NAE_EAA_T-354_Tartu_Tamme_Gumnaasium, lk 103
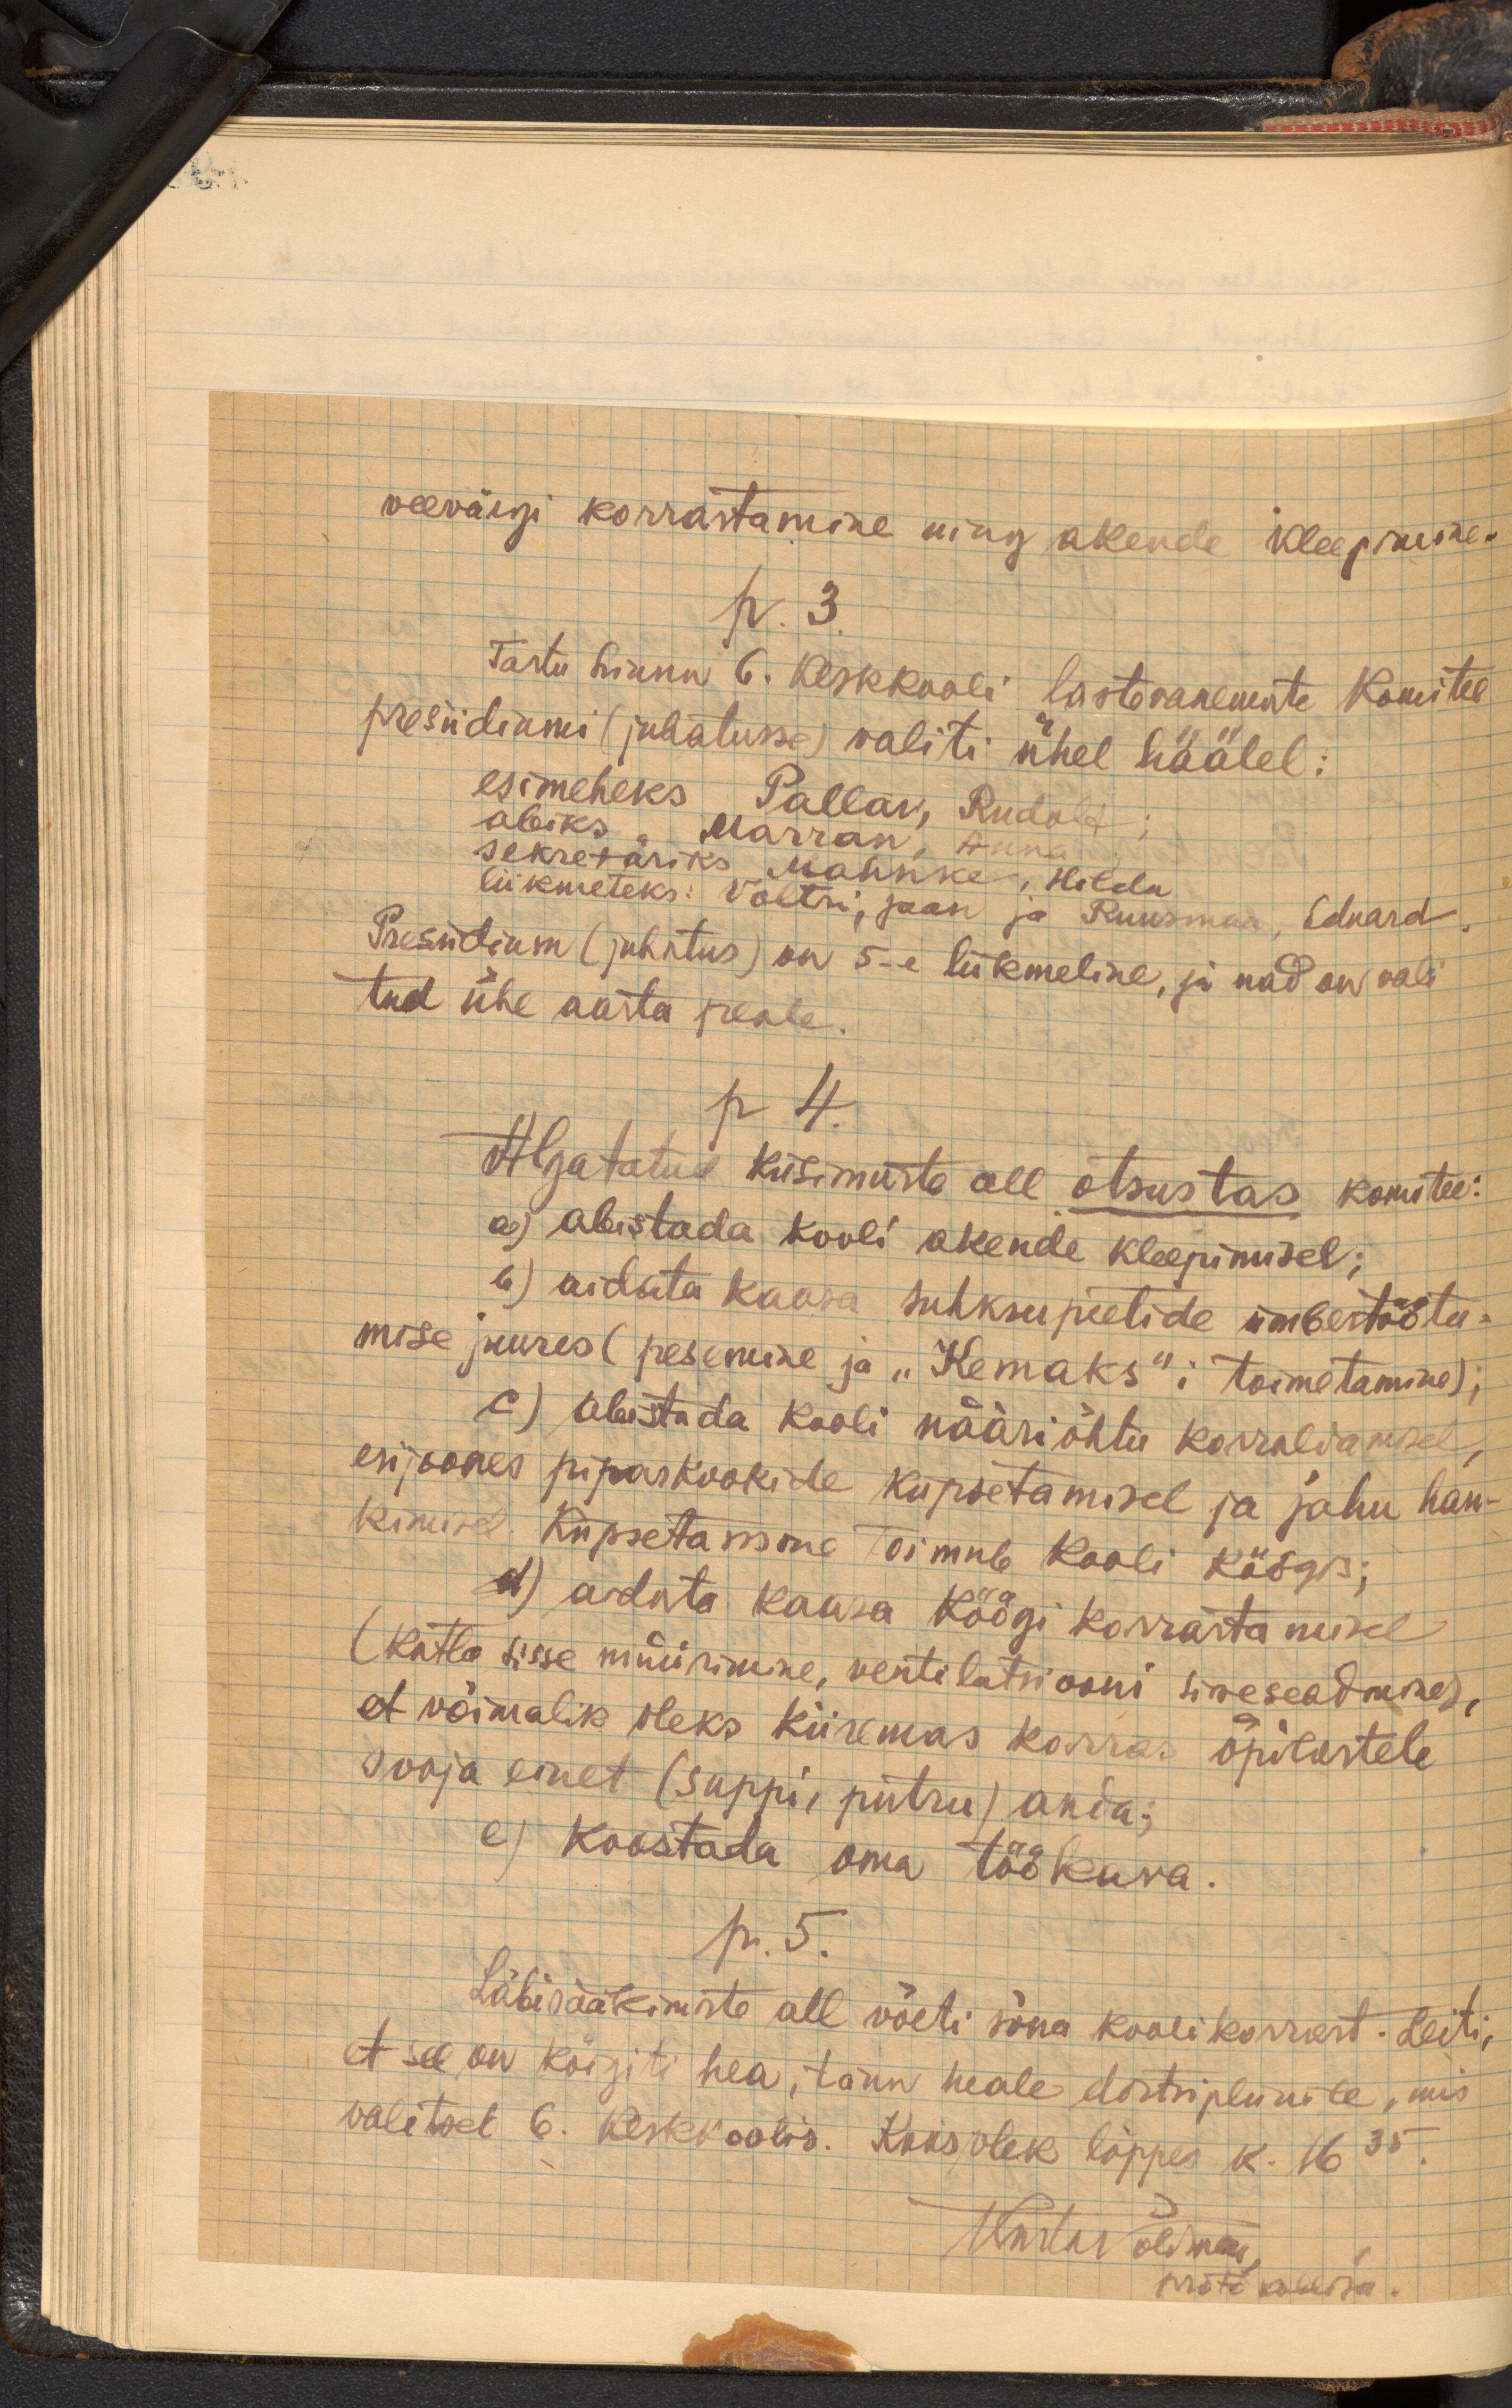
päew

veevärgi korrastamine ning akende kleepimine.
p. 3.
Tartu linna 6. Keskkooli lastevanemate Komitee
presiidiumi (juhatusse) valiti ühel häälel:
esimeheks Pallav, Rudolf
abiks, Marran, Anna
sekretäriks, Mahnke, Hilda
liikmeteks: Voltri, jaan ja Ruusman, Eduard
Presiidium (juhatus) on 5-e liikmeline, ja nad on vali
tud ühe aasta peale.
p. 4.
Algatatud küsimuste all otsustas komitee:
a) abistada kooli akende kleepimisel;
b) aidata kaasa suhkrupeetide ümbertööta-
mise juures (pesemine ja "Kemaks"i toimetamine),
c) abistada kooli nääriõhtu korraldamisel
esijoones piparkookide küpsetamisel ja jahu han-
kimisel. Küpsetamine toimub Kooli köögis.
d) aidata kaasa Köögi korrastamisel.
(katla sisse müürimine, ventilatsiooni sisseseadmine),
et võimalik oleks kiiremas korras õpilastele
sooja einet (suppi, putru) anda-
e) koostada oma töökava.
p. 5.
Läbirääkimiste all võeti sõna koolikorrast. Leiti,
et see on kõigiti hea, tänu heale distsipliinile, mis
valitseb 6. keskkoolis. Koosolek lõppes k. 16.35
Wastavõlmas
protokollija.